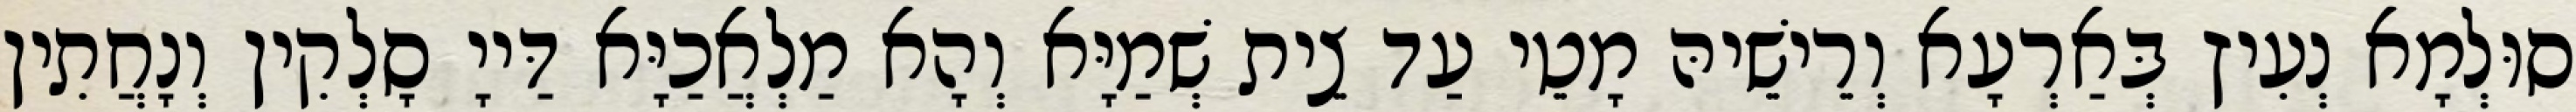
סוּלְמָא נְעִיץ בְּאַרְעָא וְרֵישֵׁיהּ מָטֵי עַד צֵית שְׁמַיָּא וְהָא מַלְאֲכַיָּא דַּייָ סָלְקִין וְנָחֲתִין